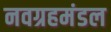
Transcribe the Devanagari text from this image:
नवग्रहमंडल